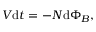
V { \mathrm { d } t } = - N \mathrm { d } \Phi _ { B } , \,